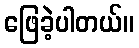
ဖြေခဲ့ပါတယ်။